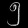
Digit: ၅